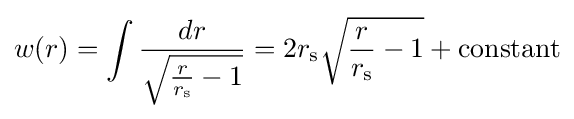
w(r)=\int {\frac {dr}{\sqrt {{\frac {r}{r_{\text{s}}}}-1}}}=2r_{\text{s}}{\sqrt {{\frac {r}{r_{\text{s}}}}-1}}+{\text{constant}}